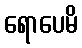
ရောပေမိ